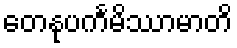
တေနုပင်္ကမိဿာမာတိ